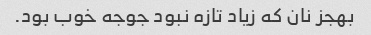
بهجز نان که زیاد تازه نبود جوجه خوب بود.